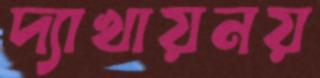
দ্যাখায়নয়